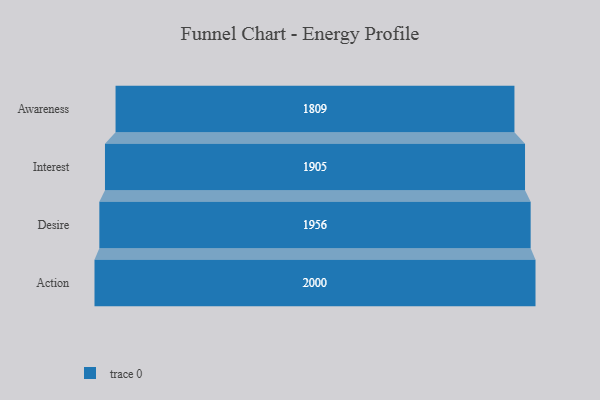
{"axis": {"x": "Stage", "y": "Value"}, "legend": [""], "data": [{"x": "Awareness", "y": 1809.0, "type": ""}, {"x": "Interest", "y": 1905.0, "type": ""}, {"x": "Desire", "y": 1956.0, "type": ""}, {"x": "Action", "y": 2000, "type": ""}]}